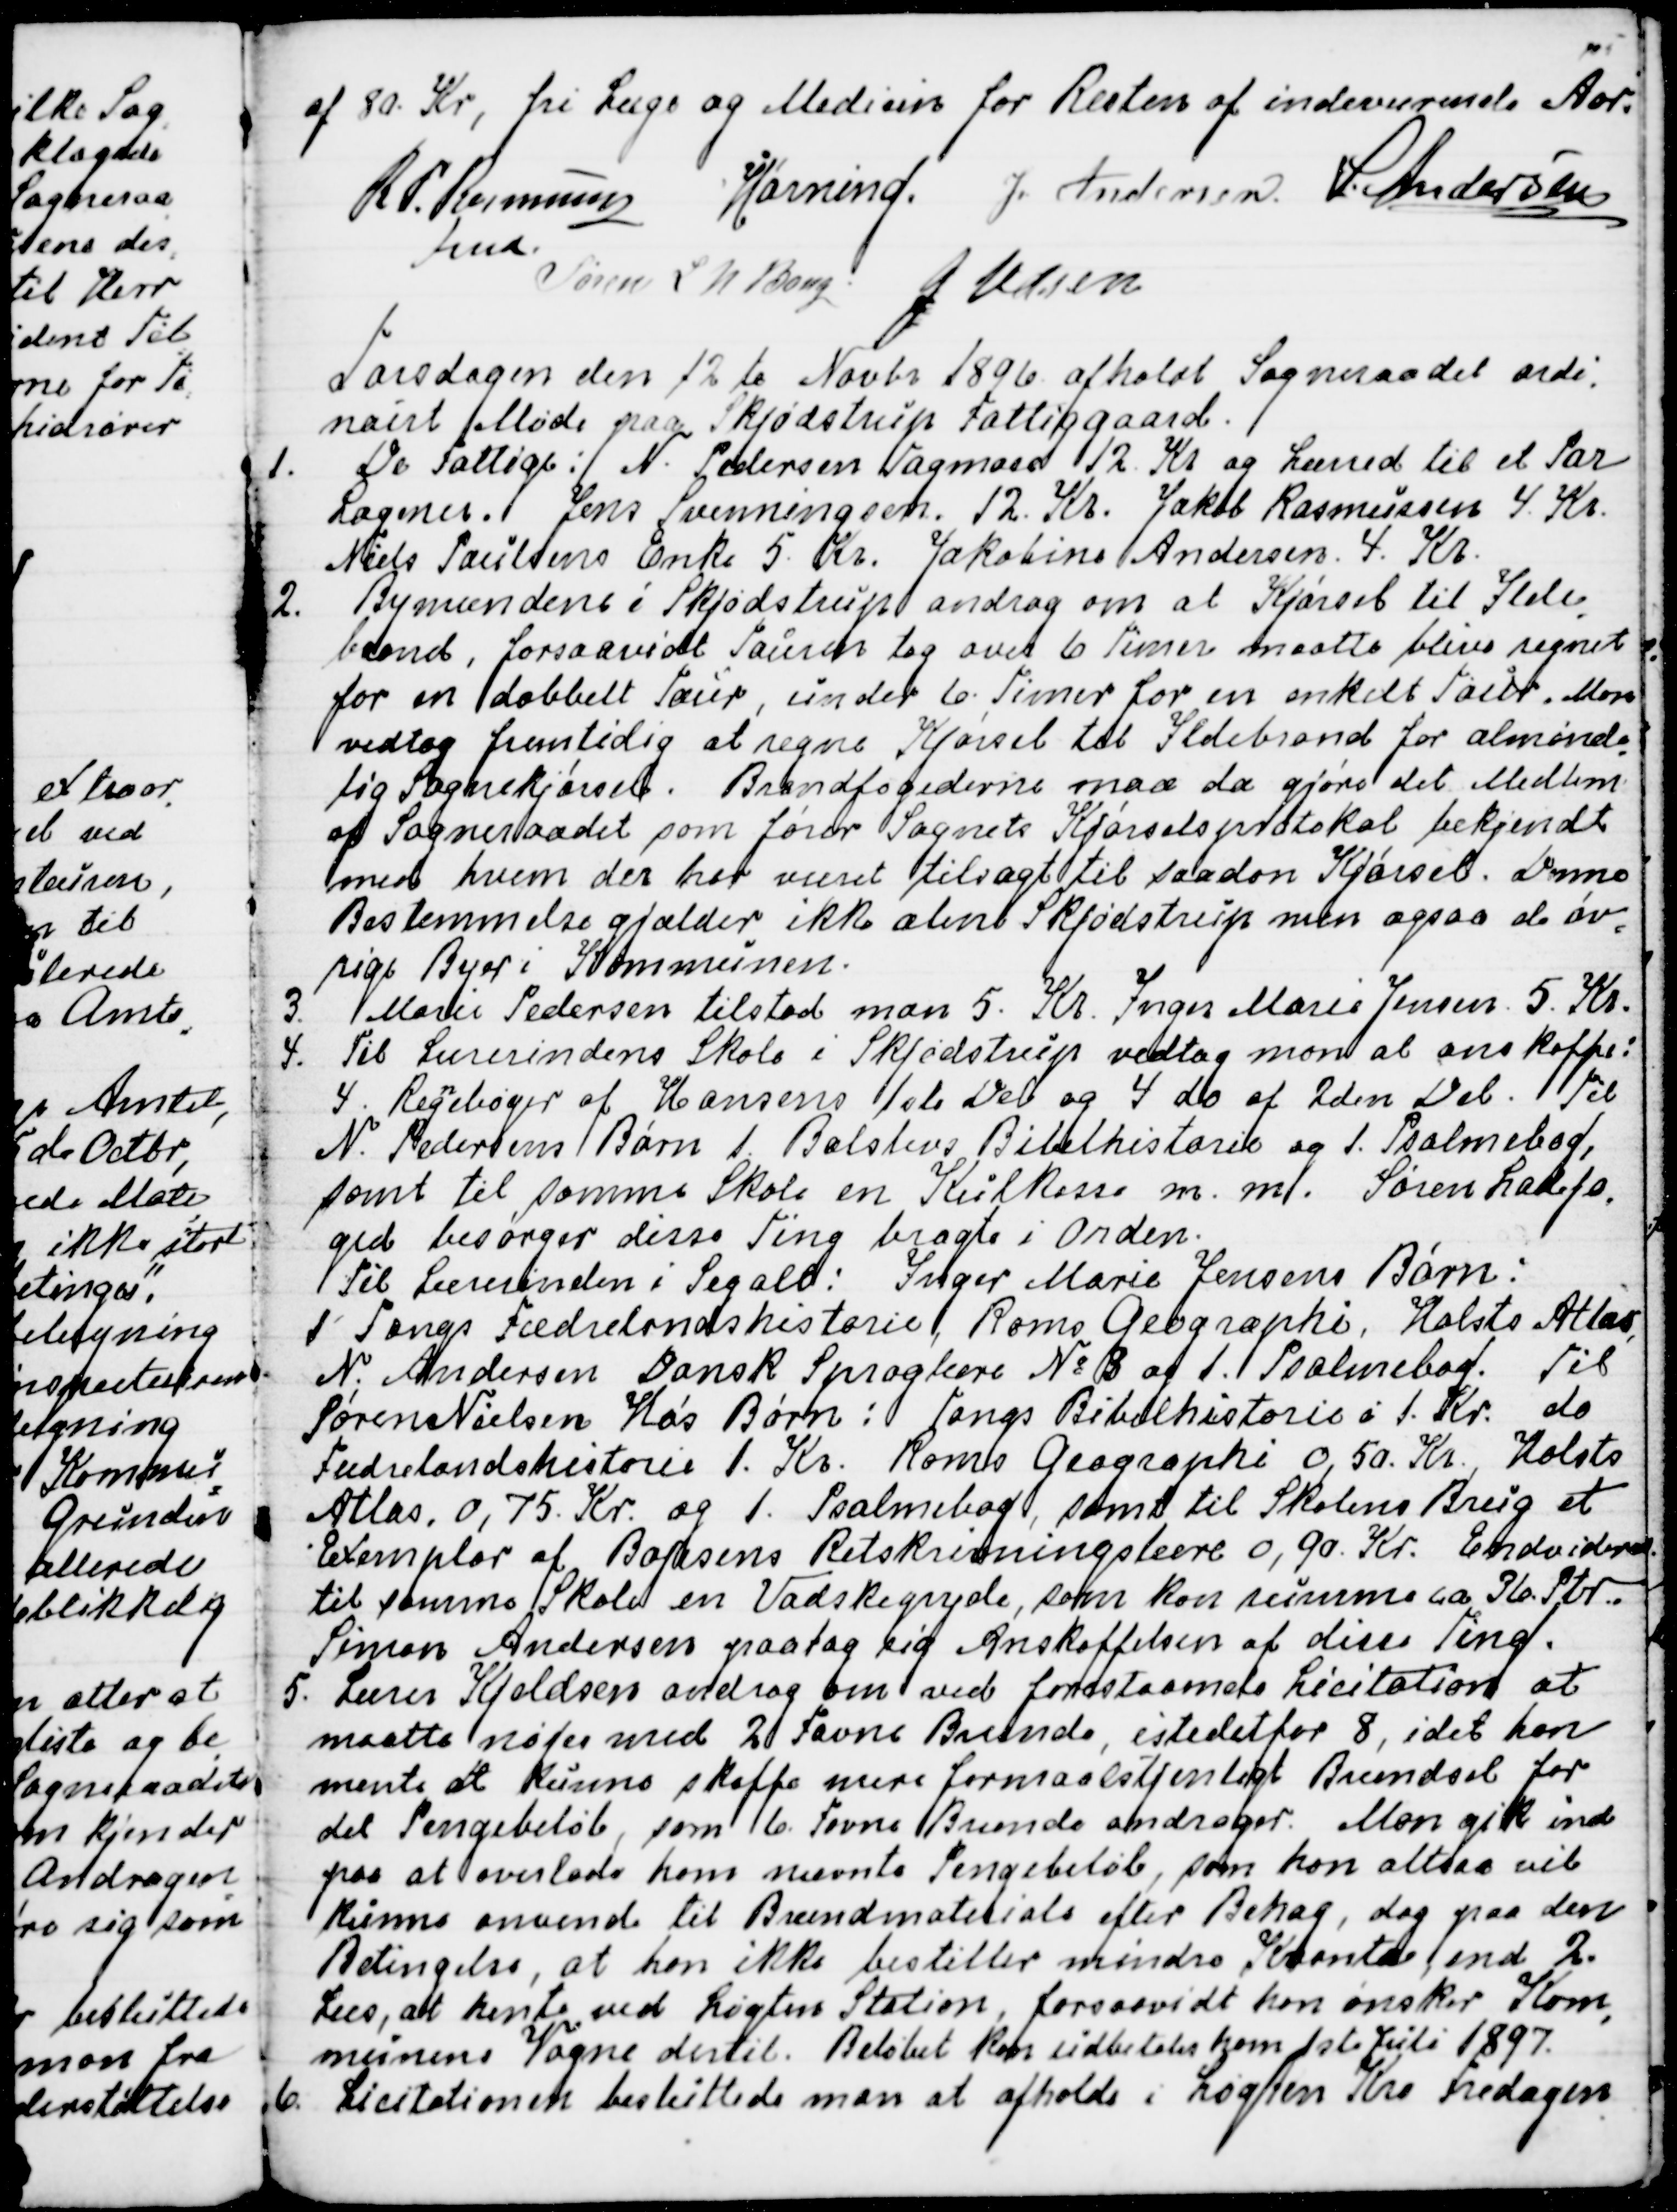
Transskription:
af 80 Kr, fri Læge og Medisin for Resten af indeværende Aar.
R P. Rasmussen
Fmd.
Hørning.
J. Andersen.
S. Andersen
Søren L N Bang
J Udsen

Torsdag den 12 te Novbr 1896 afholdt Sogneraadet ordi
-
nairt Møde paa Skjødstrup Fattiggaard.
1.
De Fattige: N. Pedersen Tagmose 12. Kr og Lærred til et Par
Lagener. Jens Svenningsen. 12. Kr. Jakob Rasmussen 4. Kr.
Niels Paulsens Enke 5. Kr. Jakobine Andersen. 4. Kr.
2.
Bymændene i Skjødstrup androg om at Kjørsel til Ilde
-
brand, forsaavidt Touren tog over 6 Timer maatte blive regnet
for en dobbelt Tour, under 6 Timer for en enkelt Tour. Man
vedtog fremtidig at regne Kjørsel til Ildebrand for alminde
-
lig Sognekjørsel. Brandfogederne maa da gjøre det Medlem
af Sogneraadet som fører Sognets Kjørselsprotokol, bekjendt
med hvem der har været tilsagt til saadan Kjørsel. Denne
Bestemmelse gjælder ikke alene Skjødstrup men ogsaa de øv
-
rige Byer i Kommunen.
3.
Marie Pedersen tilstod man 5. Kr. Inger Marie Jensen. 5. Kr
4.
Til Lærerindens Skole i Skjødstrup vedtog man at anskaffe:
4. Reg
n
ebøger af Hansens 1ste Del og 4. do af 2den Del. Til
N. Pedersens Børn 1. Balslevs Bibelhistorie og 1. Psalmebog,
samt til samme Skole en Kulkasse m. m. Søren Ladefo
-
ged besørger disse Ting bragte i Orden.
Til Lærerinden i Segalt: Inger Marie Jensens Børn:
1 Tangs Fædrelandshistorie, Roms Geographi, Holsts Atlas,
N. Andersen Dansk Sproglære № 3 og 1. Psalmebog. Til
Søren Nielsen Ho's Børn: Tangs Bibelhistorie á 1. Kr. do
Fædrelandshistorie 1. Kr. Roms Geographi 0,50. Kr. Holsts
Atlas. 0,75. Kr. og 1. Psalmebog, samt til Skolens Brug et
Exemplar af Bojesens Retskrivningslære 0.90. Kr. Endvidere
til samme Skole en Vadskegryde, som kan rumme ca. 36. Ptr.
Simon Andersen paatog sig Anskaffelsen af disse Ting.
5. Lærer Kjeldsen androg om ved forestaaende Licitation at
maatte nøjes med 2 Favne Brænde. istedetfor 8, idet han
mente at kunne skaffe mere formaalstjenligt Brændsel for
det Pengebeløb, som 6 Favne Brænde andrager. Man gik ind
paa at overlade ham nævnte Pengebeløb, som han altsaa vil
kunne anvende til Brændmateriale efter Behag, dog paa den
Betingelse, at han ikke bestiller mindre Kvanta end 2.
Læs, at hente ved Løgten Station, forsaavidt han ønsker Kom
=
munens Vogne dertil. Beløbet kan udbetales ham 1ste Juli 1897.
6. Licitationen besluttede man at afholde i Løgten Kro Fredagen